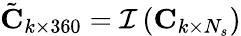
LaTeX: \tilde{\mathbf{C}}_{k\times 360}=\mathcal{I}\left(\mathbf{C}_{k\times N_{s}}\right)